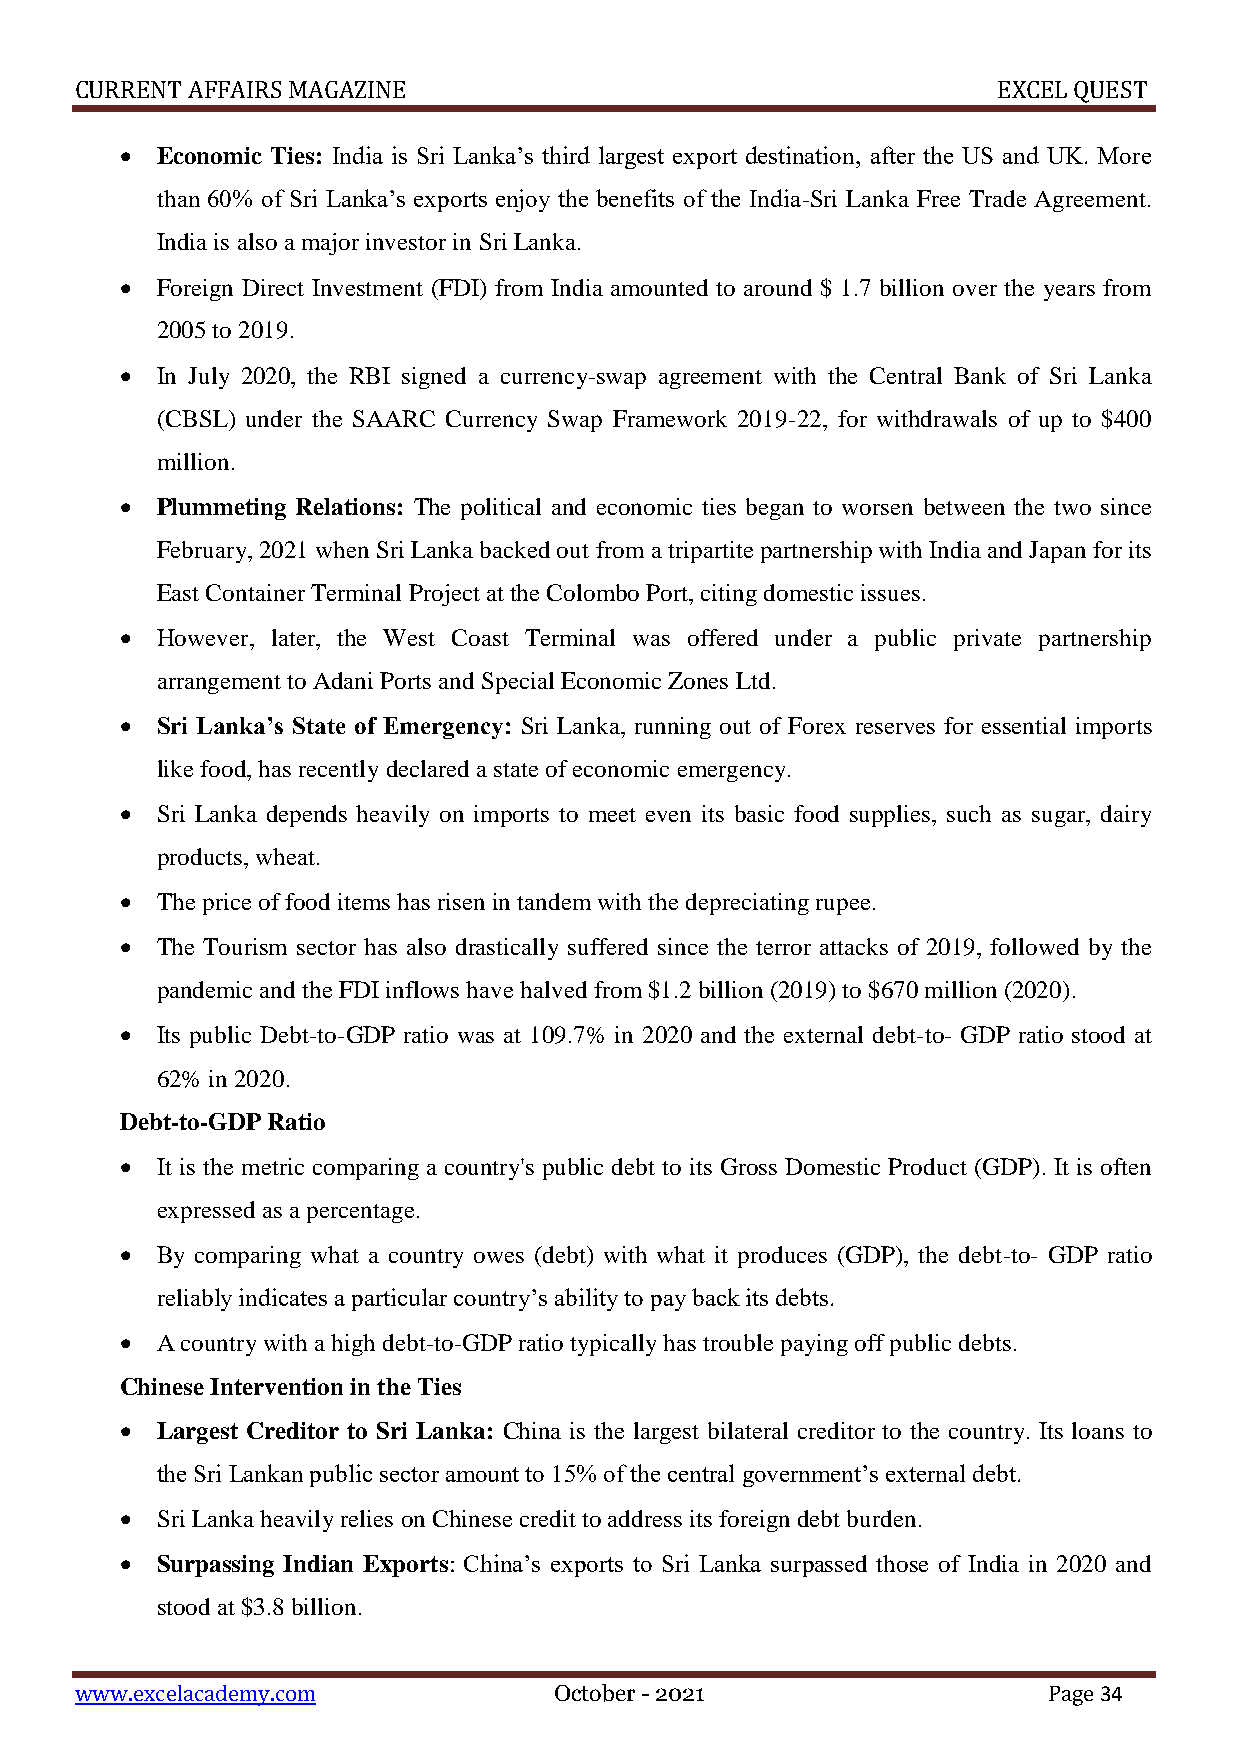
CURRENT AFFAIRS MAGAZINE                                     EXCEL QUEST
  Economic Ties: India is Sri Lanka’s third largest export destination, after the US and UK. More
 than 60% of Sri Lanka’s exports enjoy the benefits of the India-Sri Lanka Free Trade Agreement.
 India is also a major investor in Sri Lanka.
  Foreign Direct Investment (FDI) from India amounted to around $ 1.7 billion over the years from
 2005 to 2019.
  In July 2020, the RBI signed a currency-swap agreement with the Central Bank of Sri Lanka
 (CBSL) under the SAARC Currency Swap Framework 2019-22, for withdrawals of up to $400
 million.
  Plummeting Relations: The political and economic ties began to worsen between the two since
 February, 2021 when Sri Lanka backed out from a tripartite partnership with India and Japan for its
 East Container Terminal Project at the Colombo Port, citing domestic issues.
  However, later, the West Coast Terminal was offered under a public private partnership
 arrangement to Adani Ports and Special Economic Zones Ltd.
  Sri Lanka’s State of Emergency: Sri Lanka, running out of Forex reserves for essential imports
 like food, has recently declared a state of economic emergency.
  Sri Lanka depends heavily on imports to meet even its basic food supplies, such as sugar, dairy
 products, wheat.
  The price of food items has risen in tandem with the depreciating rupee.
  The Tourism sector has also drastically suffered since the terror attacks of 2019, followed by the
 pandemic and the FDI inflows have halved from $1.2 billion (2019) to $670 million (2020).
  Its public Debt-to-GDP ratio was at 109.7% in 2020 and the external debt-to- GDP ratio stood at
 62% in 2020.
 Debt-to-GDP Ratio
  It is the metric comparing a country's public debt to its Gross Domestic Product (GDP). It is often
 expressed as a percentage.
  By comparing what a country owes (debt) with what it produces (GDP), the debt-to- GDP ratio
 reliably indicates a particular country’s ability to pay back its debts.
  A country with a high debt-to-GDP ratio typically has trouble paying off public debts.
 Chinese Intervention in the Ties
  Largest Creditor to Sri Lanka: China is the largest bilateral creditor to the country. Its loans to
 the Sri Lankan public sector amount to 15% of the central government’s external debt.
  Sri Lanka heavily relies on Chinese credit to address its foreign debt burden.
  Surpassing Indian Exports: China’s exports to Sri Lanka surpassed those of India in 2020 and
 stood at $3.8 billion.
 www.excelacademy.com            October - 2021                  Page 34